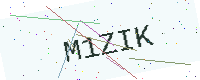
Text: M1ZIK